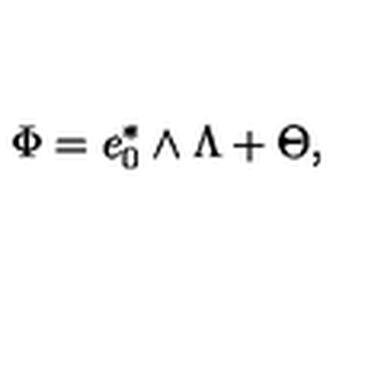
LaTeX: \Phi = e _ { 0 } ^ { * } \wedge \Lambda + \Theta ,